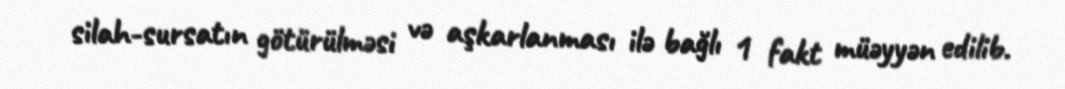
silah-sursatın götürülməsi və aşkarlanması ilə bağlı 1 fakt müəyyən edilib.